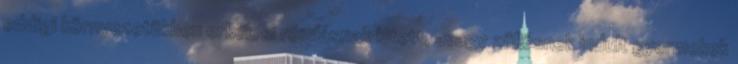
eddigi környezetükben erkölcsi romlásnak kitett, avagy züllésnek indult gyermekek